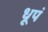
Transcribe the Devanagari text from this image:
धूपं